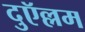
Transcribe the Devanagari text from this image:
दुऍल्लम